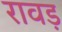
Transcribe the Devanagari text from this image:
रावड़